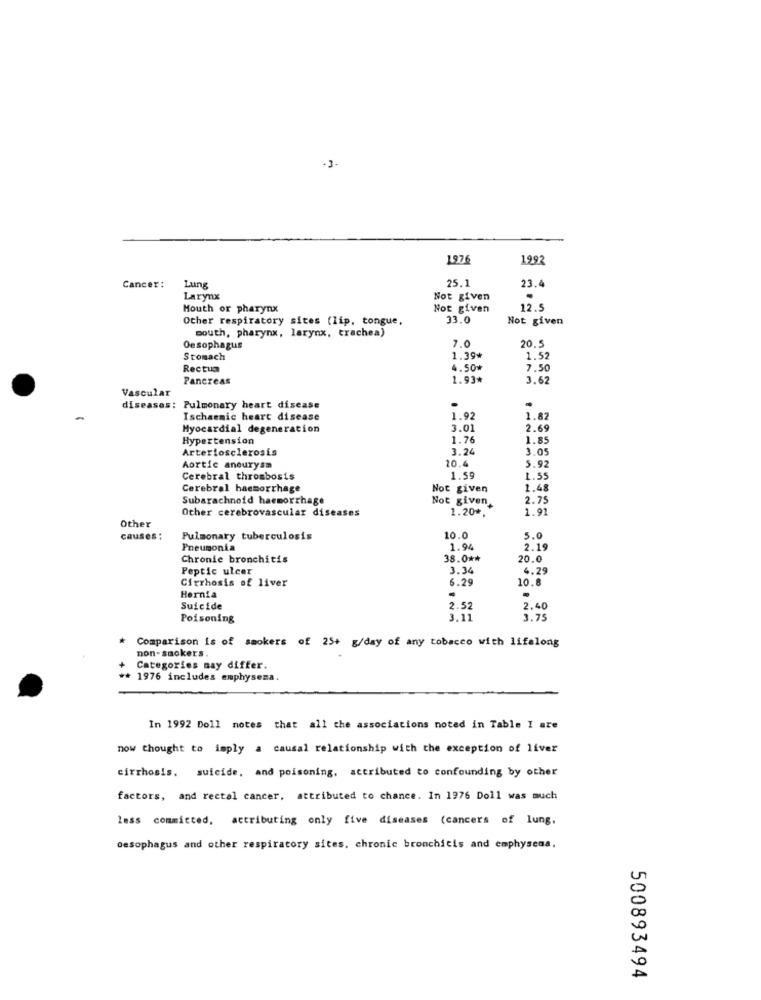
.3.
1976
1992
25.1
Cancer:
Lung
23.4
Larynx
Not given
.
Mouth or pharynx
Not given
12.5
Other respiratory sites (lip, tongue,
33.0
Not given
mouth, pharynx, larynx, trachea)
20.5
Oesophagus
7.0
Stomach
1.39*
1.52
Rectum
4.50*
7.50
Pancreas
1.93*
3.67
Vascular
diseases: Pulmonary heart disease
Ischaemic heart disease
1.92
1.82
Myocardial degeneration
3.01
2.69
Hypertension
1.76
1.85
Arteriosclerosis
3.24
3.05
20.4
Aortic aneurysm
5.92
Cerebral thrombosis
1.59
1.55
Cerebral haemorrhage
Not given
1.48
Subarachnoid haemorrhage
Not given.
2.75
Other cerebrovascular diseases
1.20 *.
1.91
Other
causes :
Pulmonary tuberculosis
10.0
5.0
Pneumonia
1.94
2.19
Chronic bronchitis
38.0 **
20.0
Peptic ulcer
3.34
4.29
Cirrhosis of liver
6.29
10.
Hernia
.
.
Suicide
2.52
2.40
Poisoning
3.11
3.75
Comparison is of smokers of 25+ g/day of any tobacco with lifelong
non-smokers.
Categories may differ.
1976 includes emphysema.
In 1992 Doll notes that all the associations noted in Table I are
now thought to imply a causal relationship with the exception of liver
cirrhosis. suicide, and poisoning. attributed to confounding by other
factors, and rectal cancer, attributed to chance. In 1976 Doll was much
lass committed, attributing only five diseases (cancers of lung,
oesophagus and other respiratory sites, chronic bronchitis and emphysema.
500893494